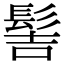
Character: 髻